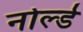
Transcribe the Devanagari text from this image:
नोर्ल्ड